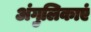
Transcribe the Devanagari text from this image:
अंगुलिकाएं